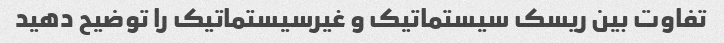
تفاوت بین ریسک سیستماتیک و غیرسیستماتیک را توضیح دهید